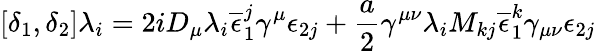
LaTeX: [\delta_{1},\delta_{2}]\lambda_{i}=2iD_{\mu}\lambda_{i}\overline{{{\epsilon}}}_{1}^{j}\gamma^{\mu}\epsilon_{2j}+\frac{a}{2}\gamma^{\mu\nu}\lambda_{i}M_{kj}\overline{{{\epsilon}}}_{1}^{k}\gamma_{\mu\nu}\epsilon_{2j}